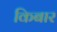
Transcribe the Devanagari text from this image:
किबार